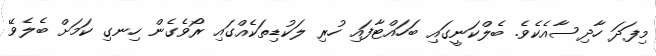
މިފަދަ ހާދިސާއެކެވެ. ބެލްކަނީގައި ބަހައްޓާފައި ހުރި ލަކުޑިތަކެއްގައި ރޯވެގެން ހިނގި ކަމަށް ބެލެވޭ